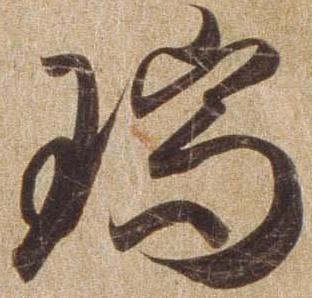
瑞